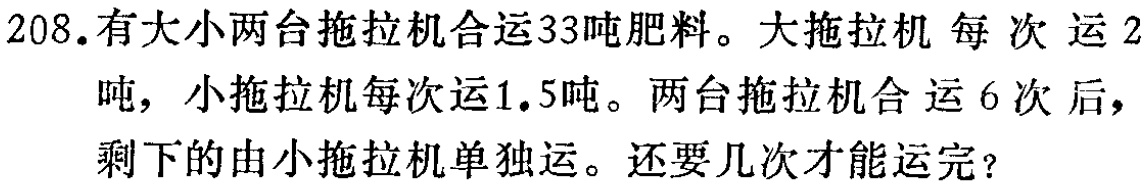
208. 有大小两台拖拉机合运33吨肥料。大拖拉机 每 次 运 2吨，小拖拉机每次运1.5吨。两台拖拉机合 运 6 次 后，剩下的由小拖拉机单独运。还要几次才能运完？